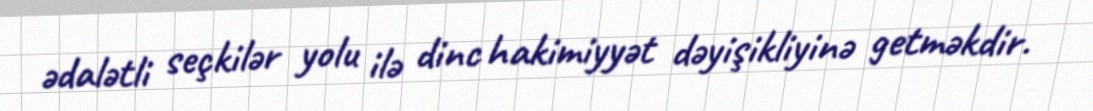
ədalətli seçkilər yolu ilə dinc hakimiyyət dəyişikliyinə getməkdir.